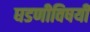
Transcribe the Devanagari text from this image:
घडणीविषयी